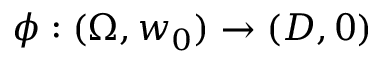
\phi : ( \Omega , w _ { 0 } ) \to ( D , 0 )